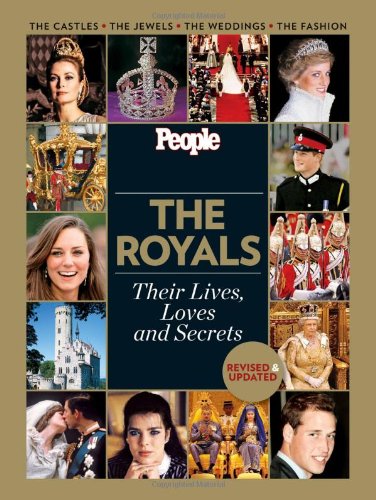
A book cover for People: The Royals Revised and Updated: Their Lives, Loves and Secrets; Editors of People Magazine; Crafts, Hobbies & Home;